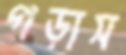
গড়াস